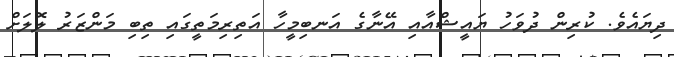
ދިޔައެވެ. ކުރިން ދުވަހު ޔައީޝްއާއި އޭނާގެ އަނބިމީހާ އަތިރިމަތީގައި ތިބި މަންޒަރު ލޮލަށް